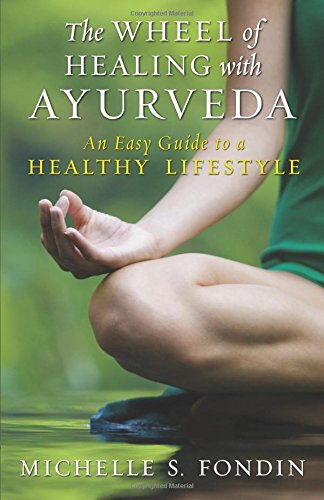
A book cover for The Wheel of Healing with Ayurveda: An Easy Guide to a Healthy Lifestyle; Michelle S. Fondin; Health, Fitness & Dieting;